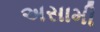
અસામી